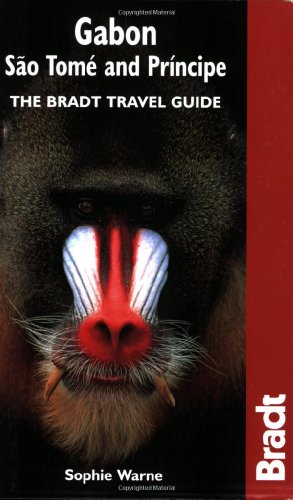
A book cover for Gabon, Sao Tome & Principe: The Bradt Travel Guide; Sophie Warne; Travel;